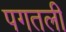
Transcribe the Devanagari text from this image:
पगतली